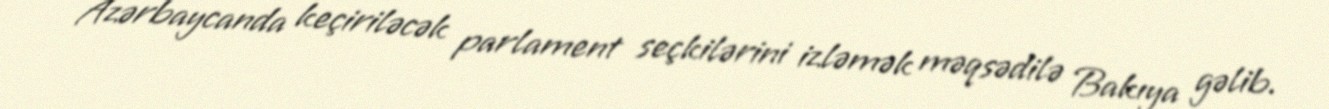
Azərbaycanda keçiriləcək parlament seçkilərini izləmək məqsədilə Bakıya gəlib.